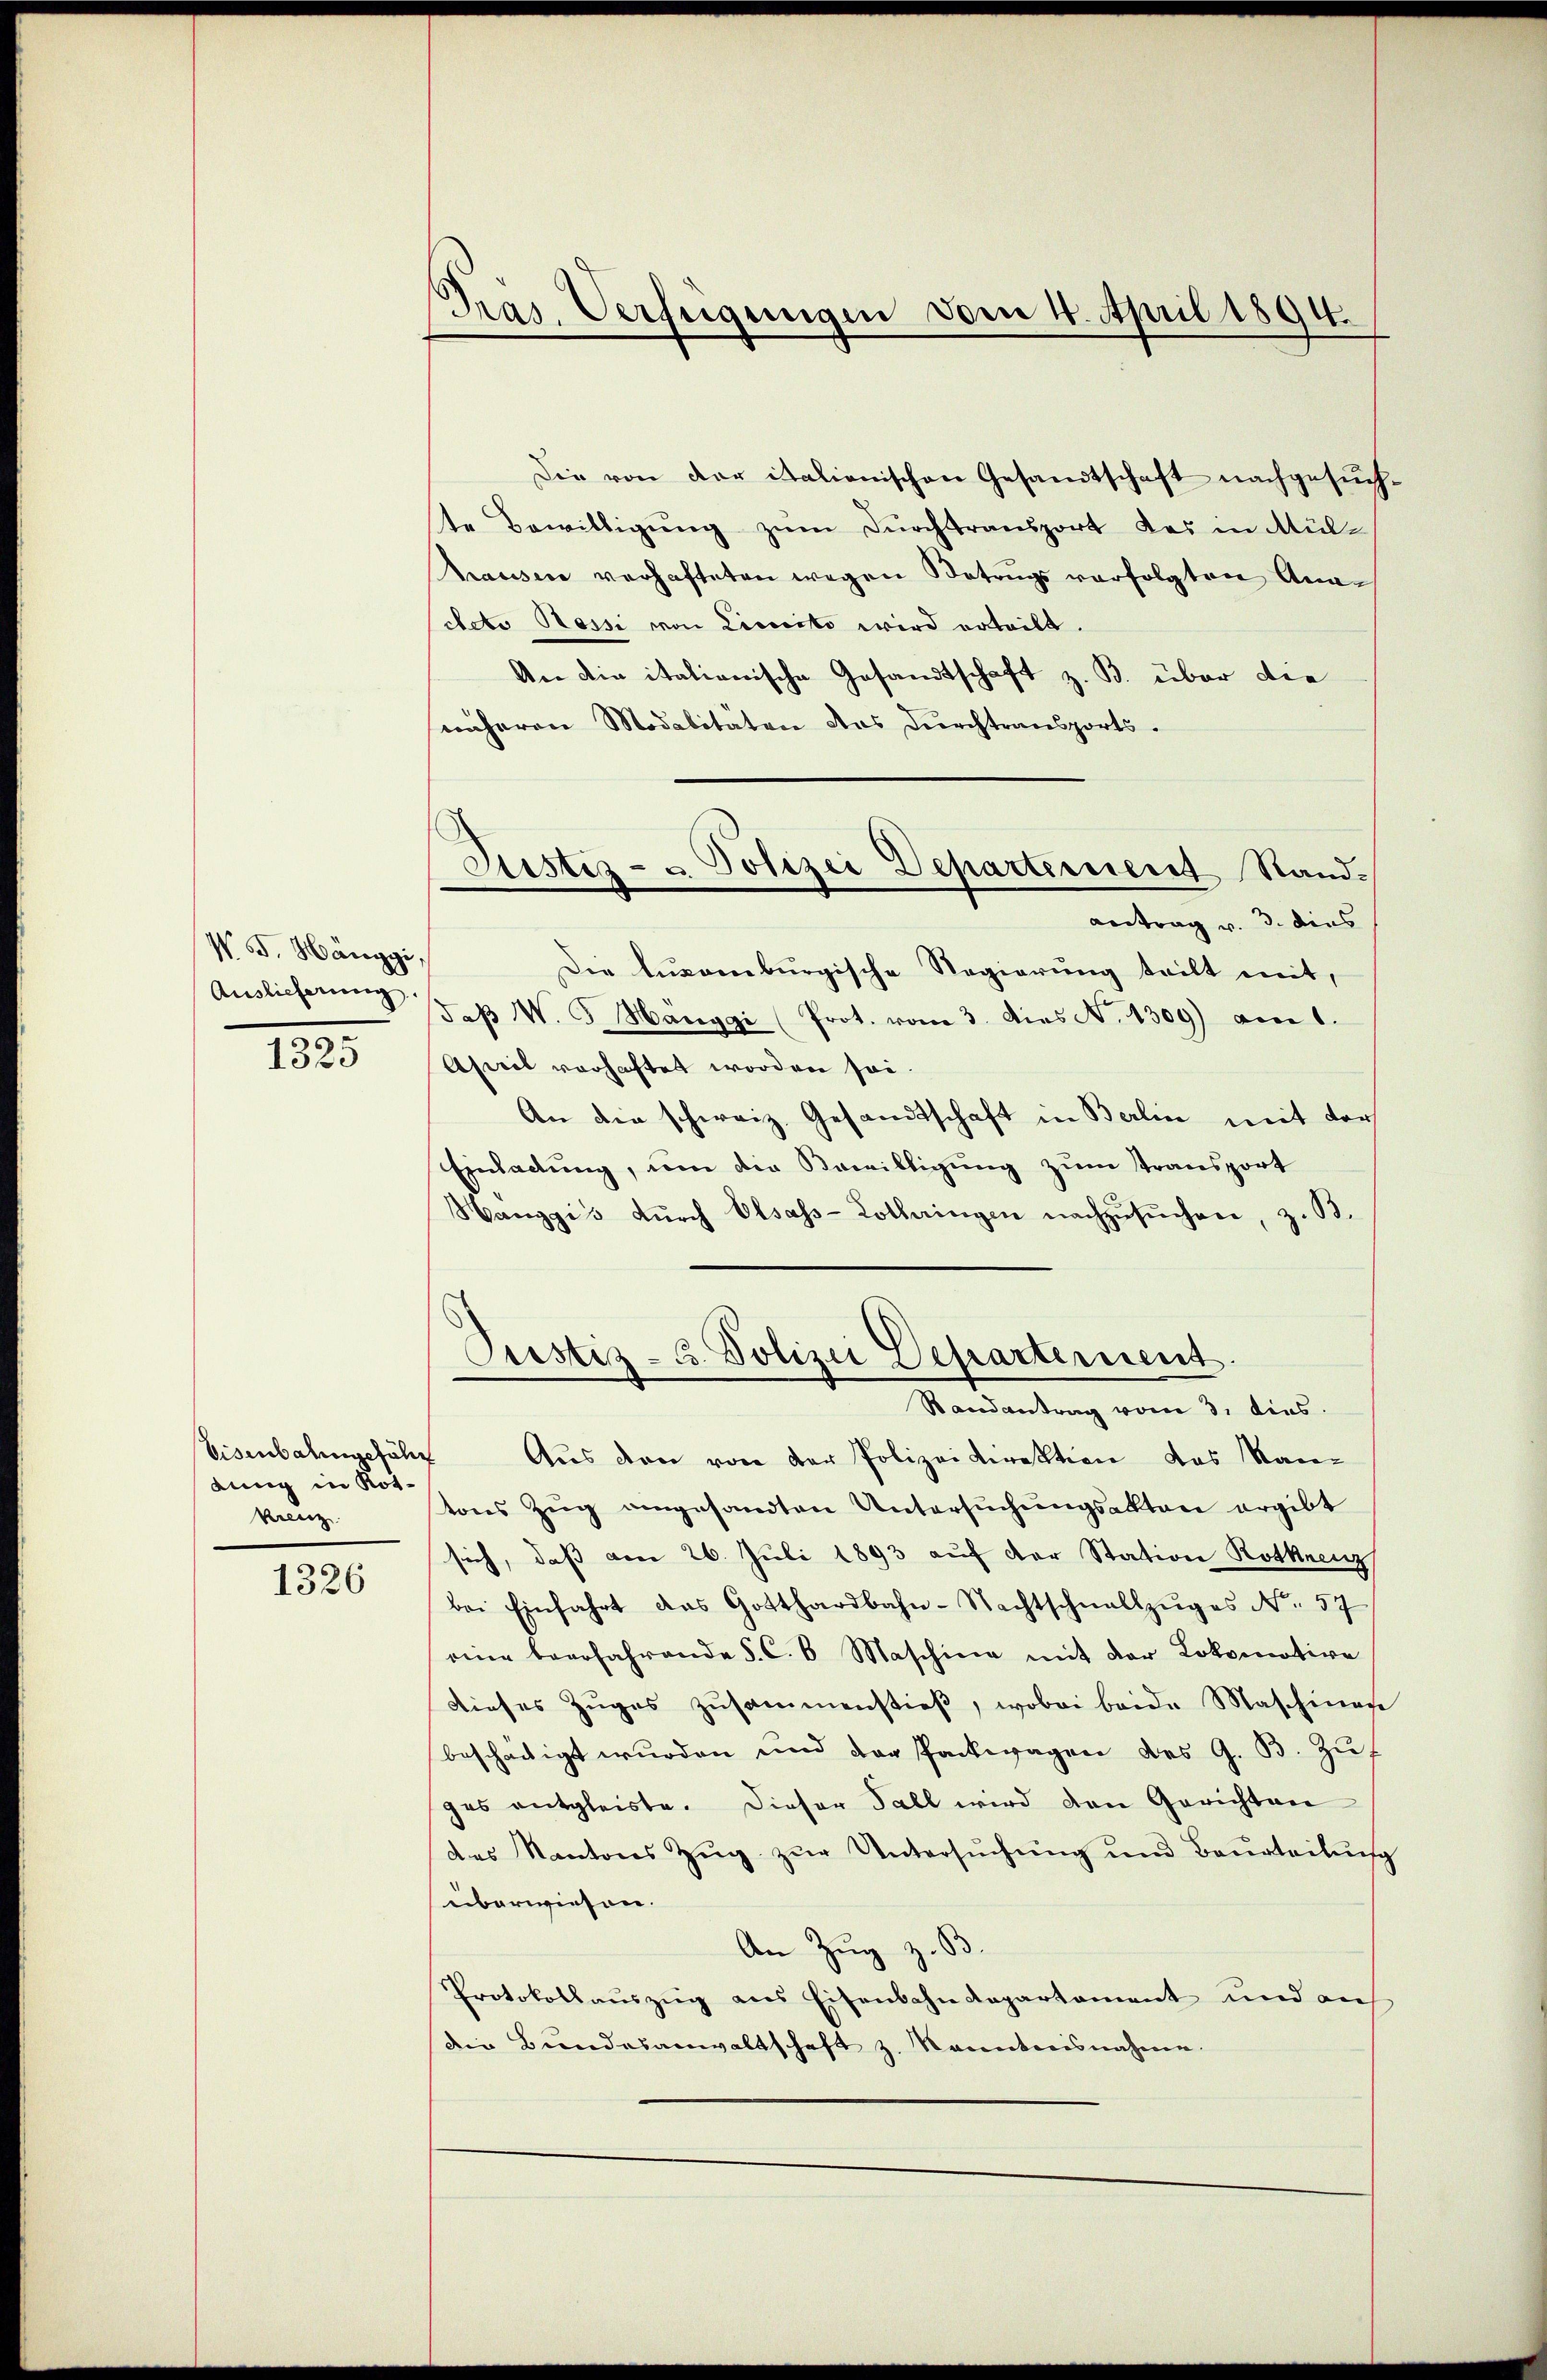
N. F. Hänggi
Auslieferung
s
1523

Visenbahngefähr
lung in Rot¬
Krenz
1326

Pras. Verfügungen vom 4. April 1894.

Die von der italionischen Gesandtschaft nachgesŭch,
te Bewilligŭng zŭm Durchtransport des in Mülhausen verhafteten wegen Betrags verfolgten Anachete Sessi von Lieuesto wird erteilt.
An die italionische Gesandtschaft z. B. über die
näheren Modalitäten das Durchtransports.
Antrag v. 3. dies
Die luxamburgische Regierung teilt mit,
Jaβ W. G. Hanygi (Prot. vom 3. Dies N. 1309) am 1.
April vorhaftet worden sei
An die schweiz. Gesamtschaft in Berlin mit der
Einladung, um die Bewilligung zum Transport
Hanggis dŭrch Elsass-Lothringen nachzŭsŭchen, z. B.
Pustiz- u. Polizei Departement
Randantrag vom 3. dies
Aus den von der Polizeidirektion das Kantons Zug angesandten Untersuchungsakten ergibt
sich, daß am 26. Juli 1893 auf der Station Rotkrenz
bei Einfahrt das Gotthardbahn-Nachtschnallzŭges No. 57
eine beerfahrende §. C. 6 Maschine mit der Lokomotive
dieses Zuges zusammenstieß, wobei beide Maschinen
beschädigt wurden und der Packwagen des G. B. Zuf
ges entgleiste. Dieser Fall wird den Gerichten
des Kantons Zŭg zŭr Untersŭchŭng und Beurteilŭng
überwiesen.
An Zug z. S
Protokollauszug aus Eisenbahndepartement und auf
die Bundesanwaltschaft z. Kanntensnahme.

Justiz- & Polizei Departement Stand¬